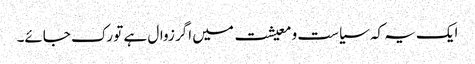
ایک یہ کہ سیاست و معیشت میں اگر زوال ہے تو رک جائے۔